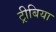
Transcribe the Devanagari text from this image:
ट्रीबिया